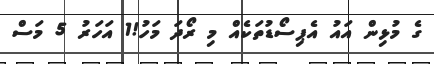
ގެ މުޅިން އައު އެޕިސޯޑުތަކެއް މި ރޯދަ މަހު!1 އަހަރު 5 މަސް